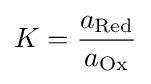
K={\frac {a_{\text{Red}}}{a_{\text{Ox}}}}